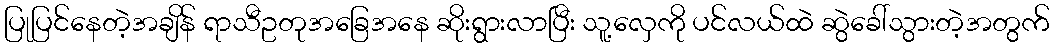
ပြုပြင်နေတဲ့အချိန် ရာသီဥတုအခြေအနေ ဆိုးရွားလာပြီး သူ့လှေကို ပင်လယ်ထဲ ဆွဲခေါ်သွားတဲ့အတွက်